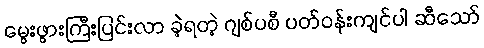
မွေးဖွားကြီးပြင်းလာ ခဲ့ရတဲ့ ဂျစ်ပစီ ပတ်ဝန်းကျင်ပါ ဆီသော်